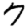
Digit: 7